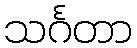
သင်္ဂတာ